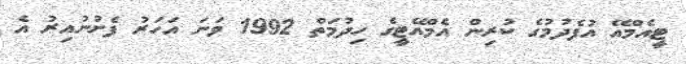
ޓީއެމްއޭ އުފެދުމުގެ ކުރިން އެމްއޭޓީގެ ހިދުމަތް 1992 ވަނަ އަހަރު ފެށުނުއިރު އެ